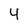
Character: 4